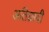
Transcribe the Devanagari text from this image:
अतिछादी